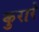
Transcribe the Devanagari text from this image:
कुरारे